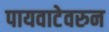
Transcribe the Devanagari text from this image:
पायवाटेवरुन